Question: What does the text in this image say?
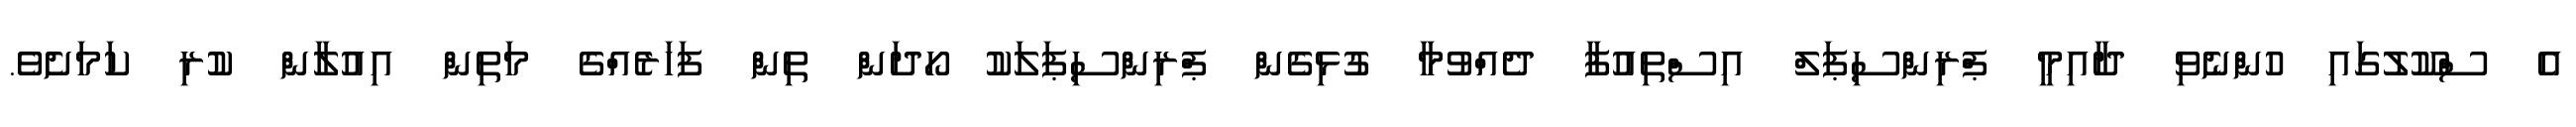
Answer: އެ ސްކޫލުގައި ހުންނެވި ދާއިމީ ޕްރިންސިޕަލް އިސްތިއުފާ ދެއްވުމާ ގުޅިގެން ޕްރިންސިޕަލަކު ހޯދަން ތިން ފަހަރެއްގެ މަތިން އިއުލާން ކުރި ކަމަށެވެ.